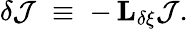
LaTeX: \delta\mathcal{J}\; \equiv\; -\, {\mathbf{L}}_{\delta\xi}\mathcal{J}.